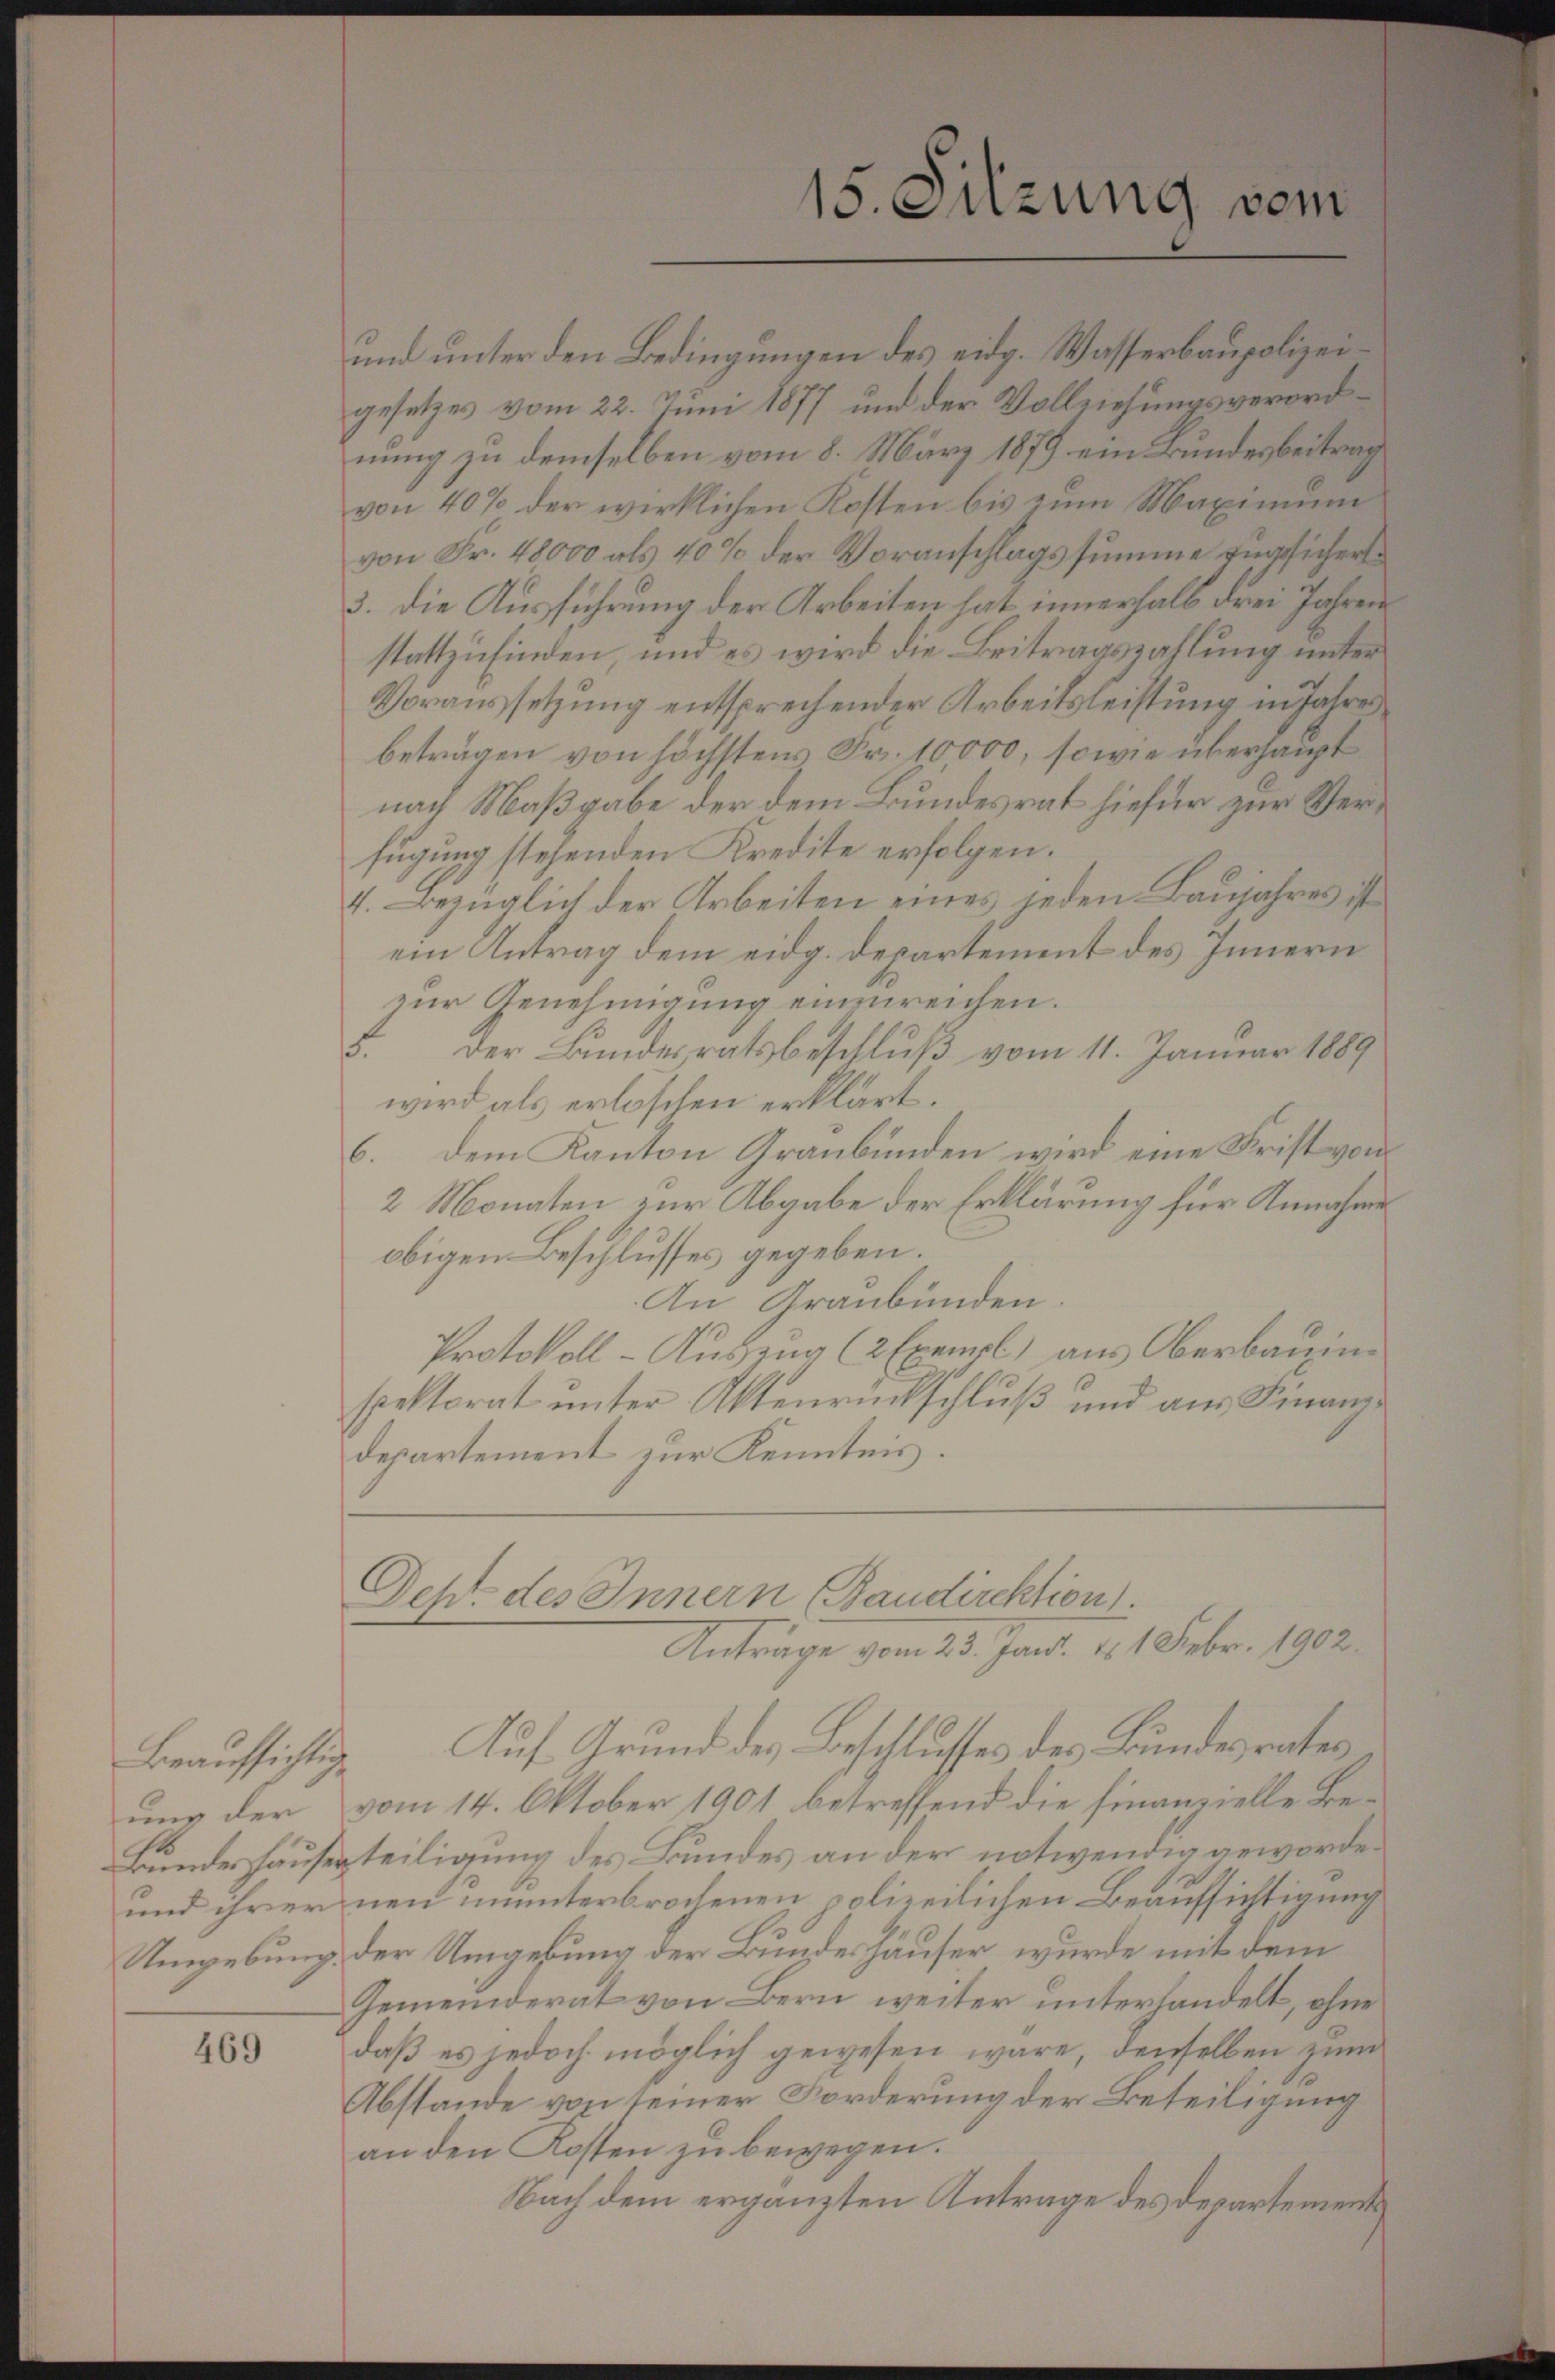
Beaufsichtig

469

und unter den Bedingungen des eidg. Wasserbaupolizeigesetzes vom 22. Juni 1877 und der Vollziehungsverordnung zu demselben vom 8. März 1879 ein Bundesbeitrag
von 40% der wirklichen Kosten bis zum Maximum
von Fr. 48000 als 40% der Voranschlagssumme angesicherte
3. die Ausführung der Arbeiten hat innerhalb drei Jahren
stattzufinden, und es wird die Beitragszahlung unter¬
Voraussetzung entsprechender Arbeitsleistung in Jahres
beträgen von höchstens Fr. 10000, sowie überhaupt
nach Maßgabe der dem Bundesrat hiefür zur Verfügung stehenden Kredite erfolgen.
4. Bezüglich der Arbeiten eines jeden Baujahres ist
ein Antrag dem eidg. Departement des Innern
zur Genehmigung einereichen.
3. Der Bundesratsbeschluß vom 11. Januar 1889
wird als erlöschen erklärt.
6. dem Kanton Graubünden wird eine Frist vom
2 Monaten zur Abgabe der Erklärung für Annahme
obigen Beschlusses gegeben.
An Graubünden
Protokoll-Auszug (2 Exempl) aus Oberbauinspektorat unter Aktenrückschluß und aus Finanz-
departement zur Kenntnis.
Deh. des Innern Bandirektion.
Anträge vom 23. Jani. d. 1. Febr. 1902.
Auf Grund des Beschlusses des Bundesrates
ung der vom 14. Oktober 1901 betreffend die finanzielle Be¬
Bundes Hauserteiligung des Bundes an der notwendig geworde¬
und ihrer neu ununterbrochenen polizeilichen Beaufsichtigung
Umgebung der Umgebung der Bundeshäuser, wurde mit dem
Gemeinderat von Bern weiter unterhandelt, ohne
daß es jedoch möglich gewesen wäre, denselben zum
Abstande von seiner Forderung der Beteiligung
an den Kosten zu bewegen.
Nach dem ergänzten Antrage des Departement

15. Sitzung vom